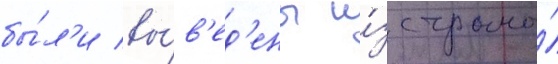
бы́л'и вы́в'ед'ены и́з страны́